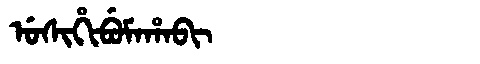
Manchu: ᡠᠰᡳᡥᡳᠪᡠᠮᠠᡥᠠᠪᡳ
Romanization: USIHIBUMAHABI